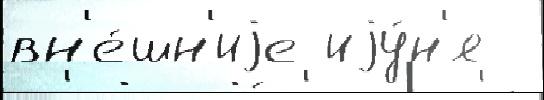
вн'е́шн'иjе иjу́н'я